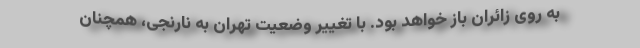
به روی زائران باز خواهد بود. با تغییر وضعیت تهران به نارنجی، همچنان